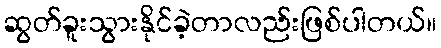
ဆွတ်ခူးသွားနိုင်ခဲ့တာလည်းဖြစ်ပါတယ်။